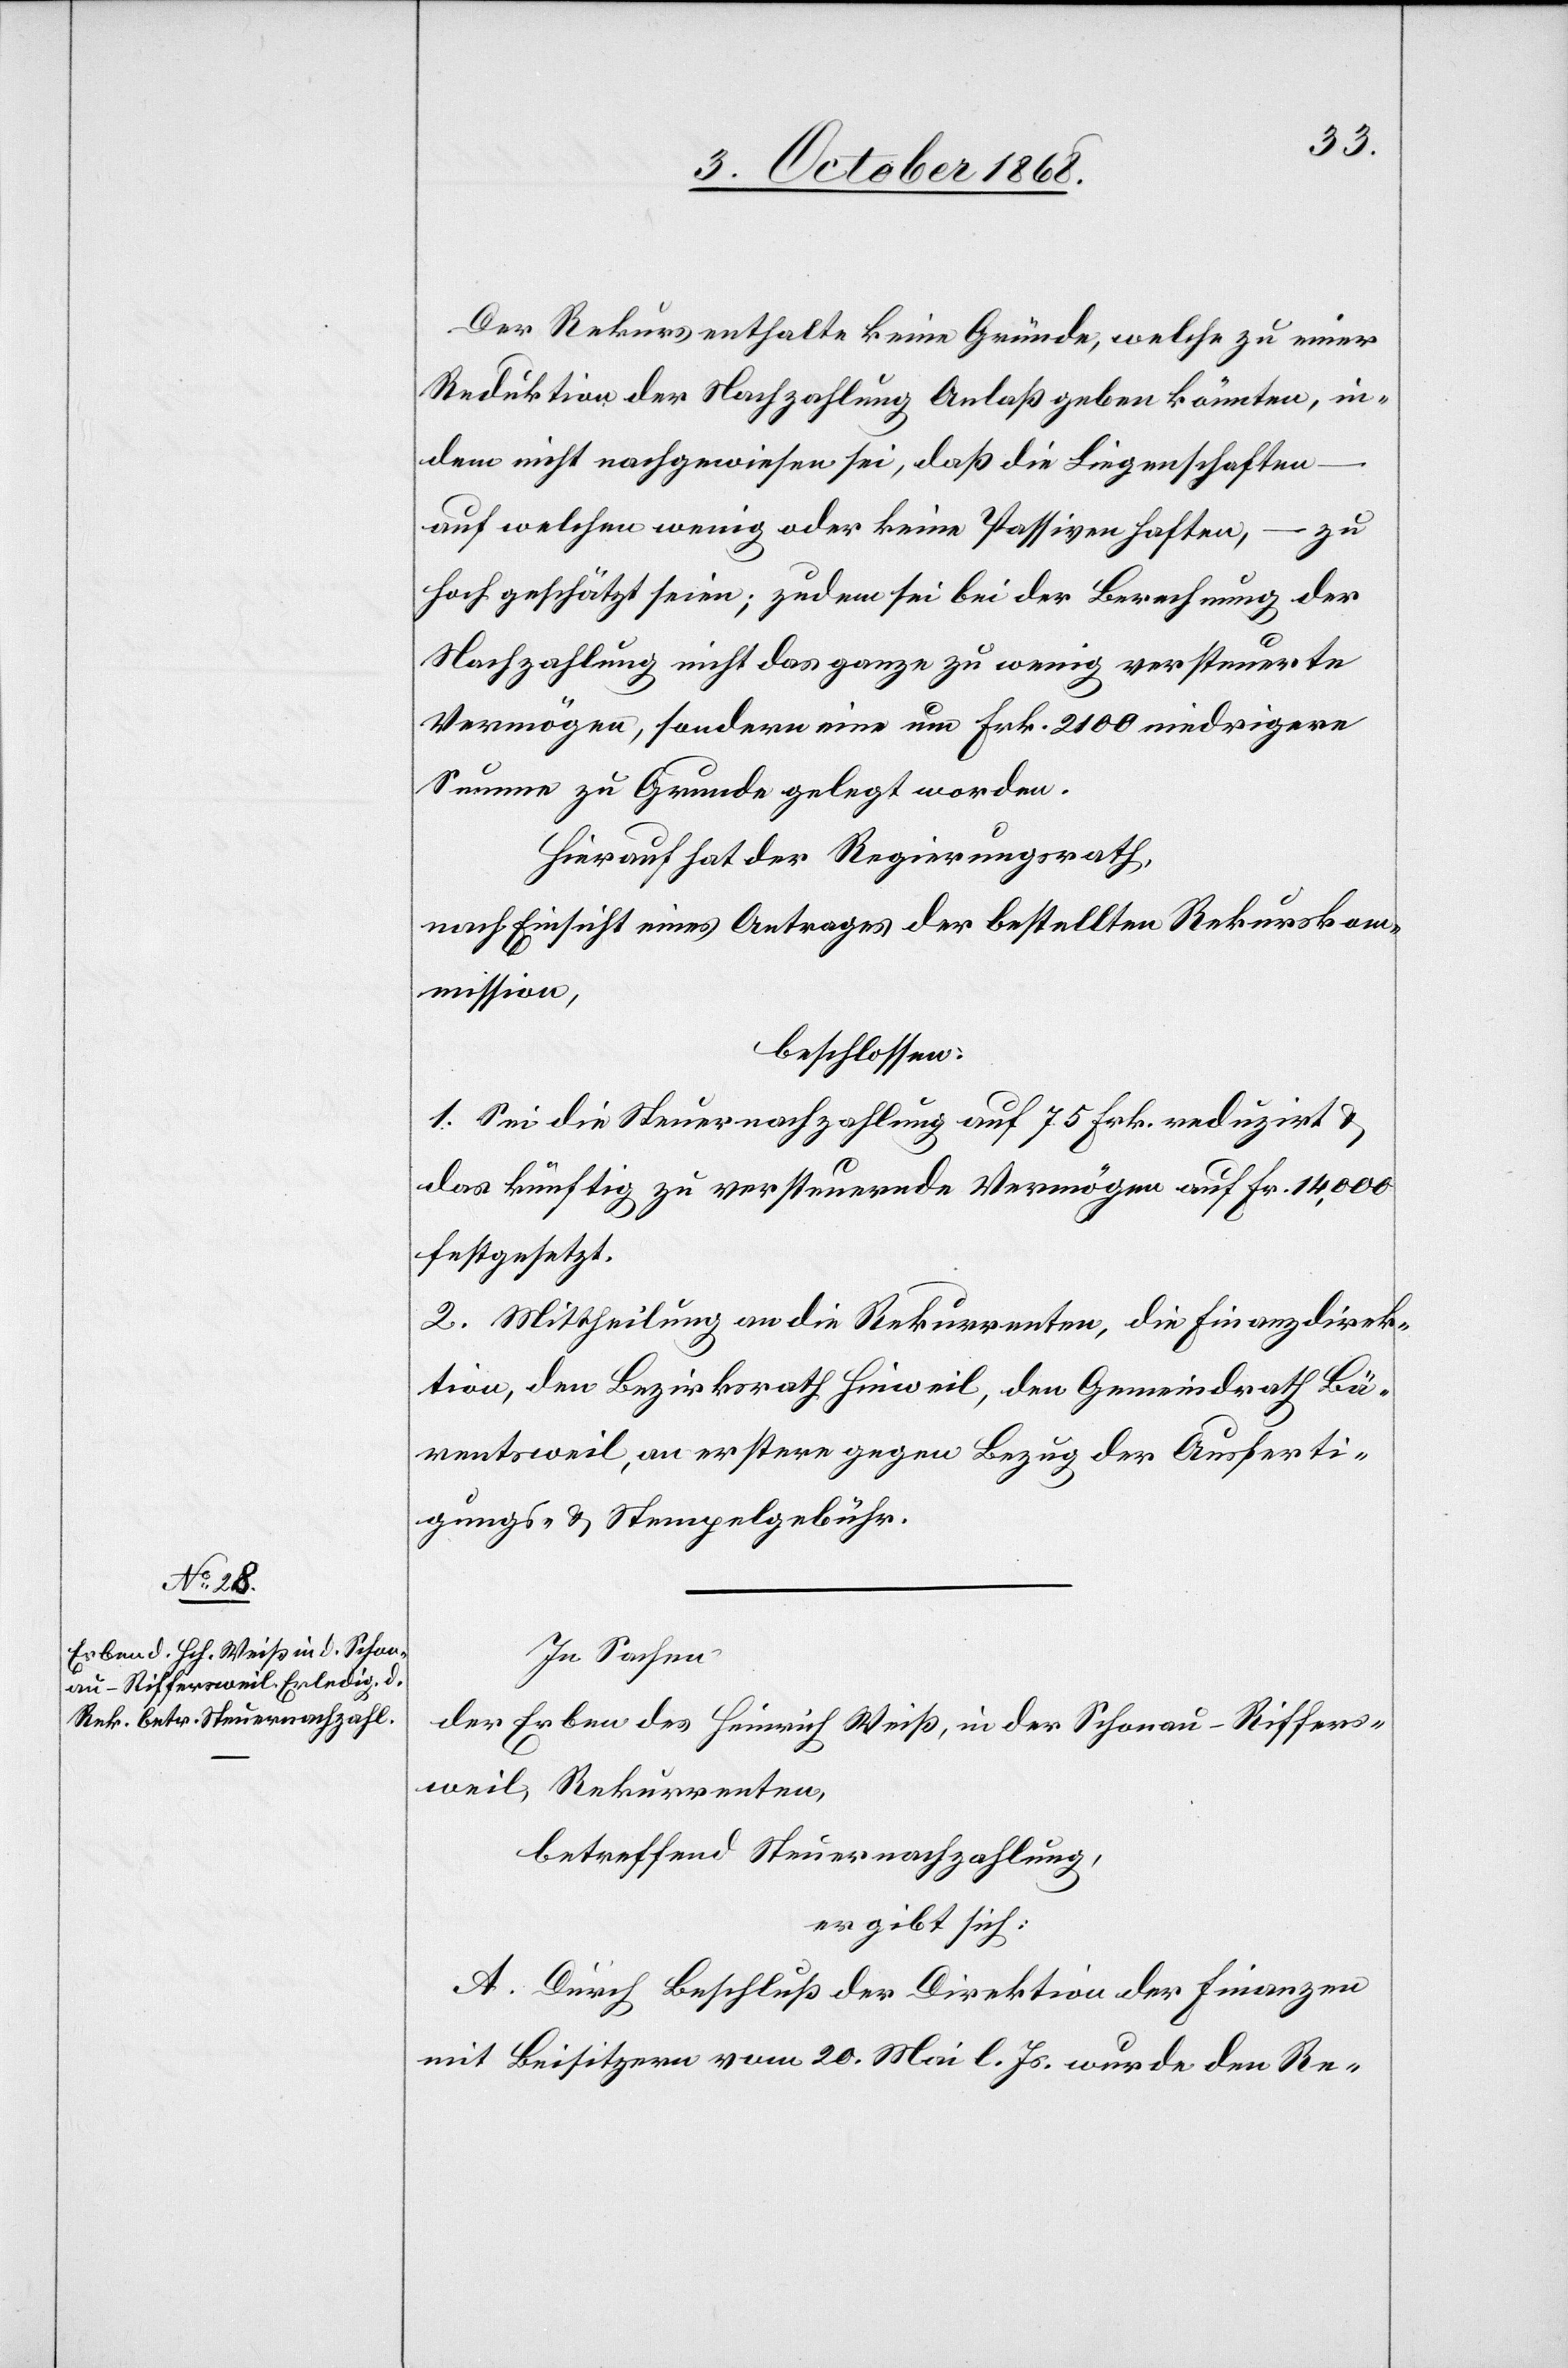
Der Rekurs enthalte keine Gründe, welche zu einer
Reduktion der Nachzahlung Anlaß geben könnten, in¬
dem nicht nachgewiesen sei, daß die Liegenschaften
auf welchen wenig oder keine Passiven haften, – zu
hoch geschätzt seien; zudem sei bei der Berechnung der
Nachzahlung nicht das ganze zu wenig versteuerte
Vermögen, sondern eine um Frk. 2100 niedrigere
Summe zu Grunde gelegt worden.
Hierauf hat der Regierungsrath,
nach Einsicht eines Antrages der bestellten Rekurskom¬
mission,
beschlossen:
1. Sei die Steuernachzahlung auf 75 Frk. reduzirt &
das künftig zu versteuernde Vermögen auf Fr. 14,000
festgesetzt.
2. Mittheilung an die Rekurrenten, die Finanzdirek¬
tion, den Bezirksrath Hinweil, den Gemeindrath Bä¬
rentsweil, an erstere gegen Bezug der Ausferti¬
gungs- & Stempelgebühr.
In Sachen
der Erben des Heinrich Weiß, in der Schonau - Riffers¬
weil, Rekurrenten,
betreffend Steuernachzahlung,
ergibt sich:
A. Durch Beschluß der Direktion der Finanzen
mit Beisitzern vom 20. Mai l. Js. wurde den Re-